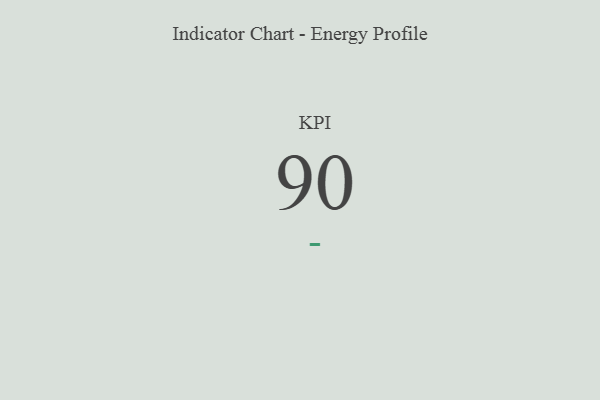
{"axis": {"x": "KPI", "y": "Value"}, "legend": [""], "data": [{"x": "KPI", "y": 90, "type": ""}]}